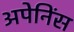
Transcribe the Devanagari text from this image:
अपेनिंस